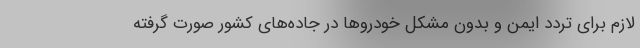
لازم برای تردد ایمن و بدون مشکل خودرو‌ها در جاده‌های کشور صورت گرفته